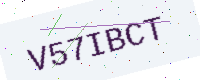
Text: V57IBCT